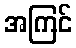
အကြင်